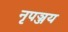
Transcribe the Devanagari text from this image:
नृपञ्जय